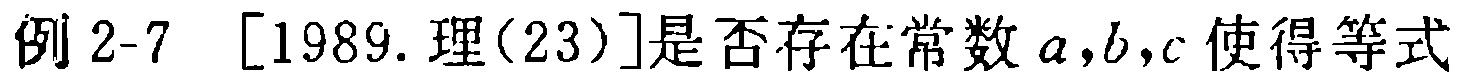
例 2-7 [1989. 理(23)]是否存在常数 \(a,b,c\) 使得等式